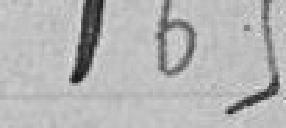
165